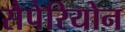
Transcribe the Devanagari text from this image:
सैपेरियोन